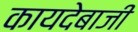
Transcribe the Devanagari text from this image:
कायदेबाजी